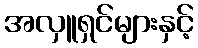
အလှူရှင်များနှင့်